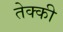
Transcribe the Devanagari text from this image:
तेक्की